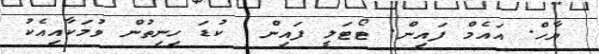
ޔާހް. އައެމް ފައިން. ޓޯޓަލީ ފައިން  ކުޑަ ހިނިތުން ވުމަކާއިއެކު